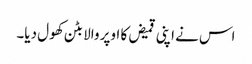
اس نے اپنی قمیض کا اوپر والا بٹن کھول دیا۔